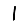
Digit: 1